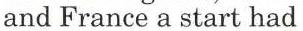
and France a start had